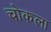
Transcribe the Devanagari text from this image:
चोकला